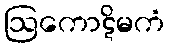
ဩကောဋိမကံ